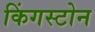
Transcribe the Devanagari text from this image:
किंगस्टोन